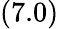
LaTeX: (7.0)